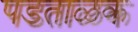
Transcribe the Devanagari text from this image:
पडताळक